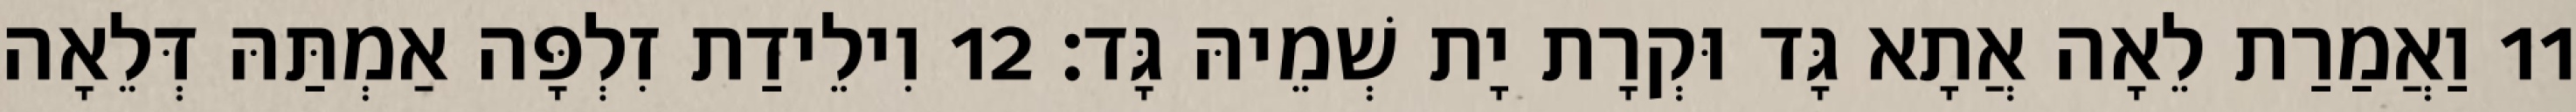
11 וַאֲמַרַת לֵאָה אֲתָא גָּד וּקְרָת יָת שְׁמֵיהּ גָּד׃ 12 וִילֵידַת זִלְפָּה אַמְתַּהּ דְּלֵאָה